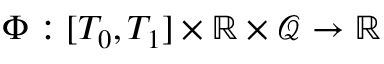
\Phi : [ T _ { 0 } , T _ { 1 } ] \times \mathbb { R } \times \mathcal { Q } \rightarrow \mathbb { R }